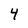
Character: 4